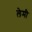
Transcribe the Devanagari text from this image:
लेमी